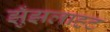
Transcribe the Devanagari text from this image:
झुँझलाहट